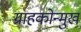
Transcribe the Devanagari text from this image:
ग्राहकोन्मुख